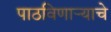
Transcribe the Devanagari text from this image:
पाठविणाऱ्याचे